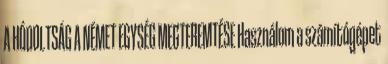
A HÓDOLTSÁG A NÉMET EGYSÉG MEGTEREMTÉSE Használom a számítógépet